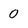
Character: 0